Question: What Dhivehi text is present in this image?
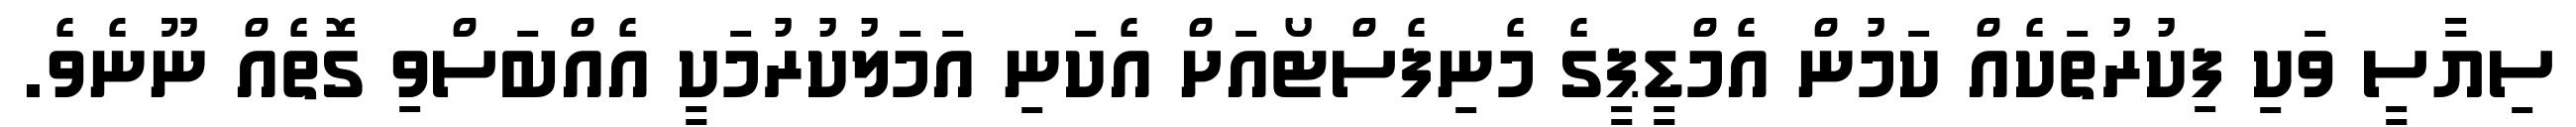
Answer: ސިޔާސީ ވަކި ފިކުރުތަކެއް ކަމުން އެމްޑީޕީގެ މެނިފެސްޓޯއަށް އެކަނި އަމަލުކުރުމަކީ އެއްބަސްވި ގޮތެއް ނޫނެވެ.